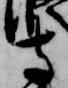
寺